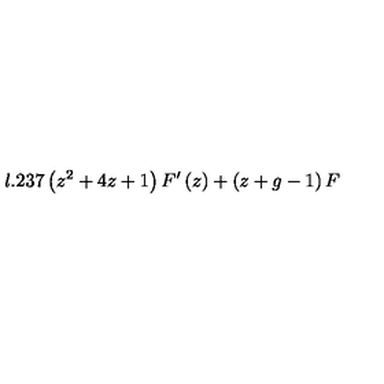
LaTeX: l . 2 3 7 \left( z ^ { 2 } + 4 z + 1 \right) F ^ { \prime } \left( z \right) + \left( z + g - 1 \right) F